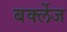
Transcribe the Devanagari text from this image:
बर्क्लेज